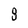
Character: 8